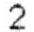
2